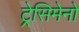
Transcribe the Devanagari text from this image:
ट्रेसिमेनो